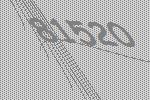
81520